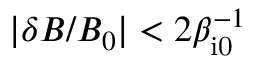
| \delta B / B _ { 0 } | < 2 \beta _ { \mathrm { i 0 } } ^ { - 1 }